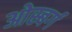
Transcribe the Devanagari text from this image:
ओस्बर्ग